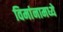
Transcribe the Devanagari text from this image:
विमांनामध्ये